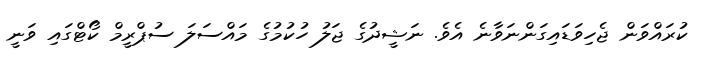
ކުރައްވަން ޖެހިވަޑައިގަންނަވާނެ އެވެ. ނަޝީދުގެ ޖަލު ހުކުމުގެ މައްސަލަ ސުޕްރީމް ކޯޓްގައި ވަނީ